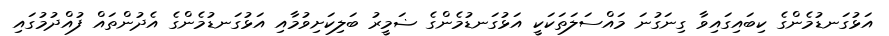
އަޅުގަނޑުމެންގެ ކިބައިގައިވާ ގިނަގުނަ މައްސަލަތަކަކީ އަޅުގަނޑުމެންގެ ޟަމީރު ބަލިކަށިވުމާއި އަޅުގަނޑުމެންގެ އެދުންތައް ފުއްދުމުގައި